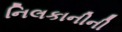
નિલકાનીની